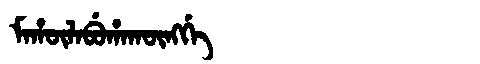
Manchu: ᠮᠠᡥᡡᠯᠠᠪᡠᡥᠠᡴᡡᠩᡤᡝ
Romanization: MAHŪLABUHAKŪNGGE